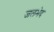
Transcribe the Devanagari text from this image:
जलभेद